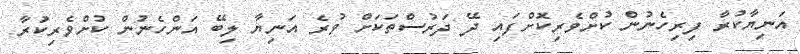
އަނިޔާކުރާ ފިރިހެނުން ކުށްވެރިކޮށްފައި ދޭ ދަރުސްތަކަށް ވުރެ އަނިޔާ ލިބޭ އަންހެނުން ކުށްވެރިކުރާ